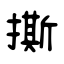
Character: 撕